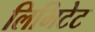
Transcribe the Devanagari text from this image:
लिमिटेट